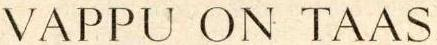
VAPPU ON TAAS